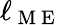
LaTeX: \ell_{\mathrm{~M~E~}}